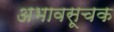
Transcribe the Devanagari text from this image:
अभावसूचक